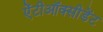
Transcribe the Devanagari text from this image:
ऐंटीऑक्सीडेंट